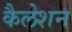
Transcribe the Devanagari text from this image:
कैलेशन